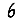
Digit: 6